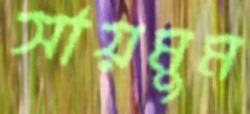
সায়মুম